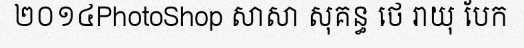
២០១៤PhotoShop សាសា សុគន្ធ ថេ រាយុ បែក